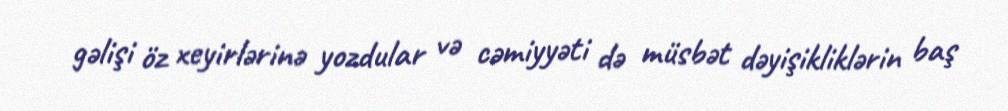
gəlişi öz xeyirlərinə yozdular və cəmiyyəti də müsbət dəyişikliklərin baş